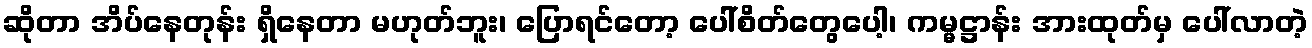
ဆိုတာ အိပ်နေတုန်း ရှိနေတာ မဟုတ်ဘူး၊ ပြောရင်တော့ ပေါ်စိတ်တွေပေါ့၊ ကမ္မဋ္ဌာန်း အားထုတ်မှ ပေါ်လာတဲ့